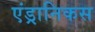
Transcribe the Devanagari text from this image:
एंड्रानिकस